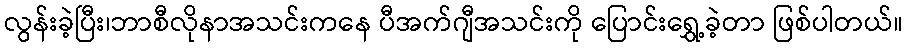
လွန်းခဲ့ပြီး၊ဘာစီလိုနာအသင်းကနေ ပီအက်ဂျီအသင်းကို ပြောင်းရွှေ့ခဲ့တာ ဖြစ်ပါတယ်။